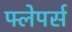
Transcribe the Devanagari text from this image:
फ्लेपर्स